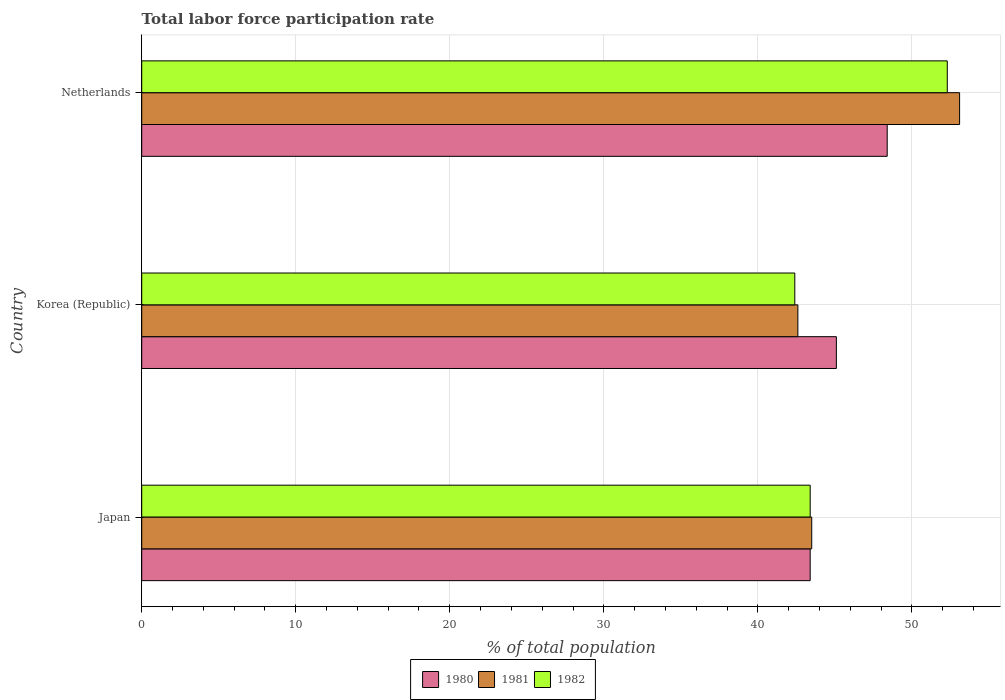
| Country | 1980 | 1981 | 1982 |
 | --- | --- | --- | --- |
 | Japan | 43.4 | 43.5 | 43.4 |
 | Korea (Republic) | 45.1 | 42.6 | 42.4 |
 | Netherlands | 48.4 | 53.1 | 52.3 |